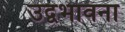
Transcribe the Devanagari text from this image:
उद्वभावना